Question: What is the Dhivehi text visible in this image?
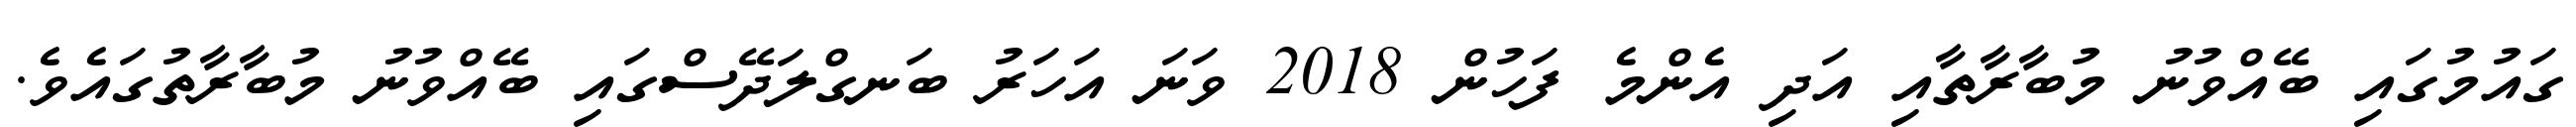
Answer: ގައުމުގައި ބޭއްވުނު މުބާރާތާއި އަދި އެންމެ ފަހުން 2018 ވަނަ އަހަރު ބަނގްލަދޭސްގައި ބޭއްވުނު މުބާރާތުގައެވެ.